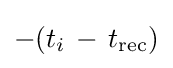
\displaystyle -(t_{i}\,-\,t_{\text{rec}})